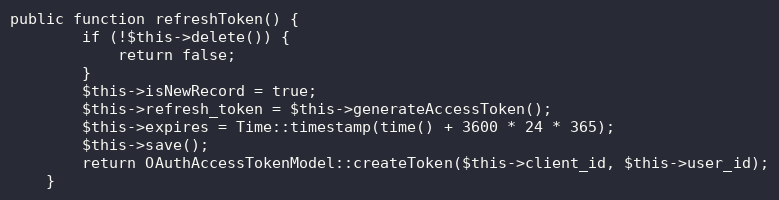
Language: PHP
public function refreshToken() {
        if (!$this->delete()) {
            return false;
        }
        $this->isNewRecord = true;
        $this->refresh_token = $this->generateAccessToken();
        $this->expires = Time::timestamp(time() + 3600 * 24 * 365);
        $this->save();
        return OAuthAccessTokenModel::createToken($this->client_id, $this->user_id);
    }